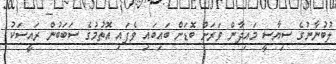
ލުބުނާނުގެ ސިޔާސީ މައިދާން ވަރަށް ބޮޑަށް ބައިބައި ވެފައި އޮތުމުގެ ސަބަބުން ރައީސަކު